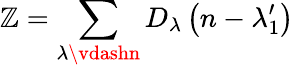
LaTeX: \mathbb{Z}=\sum_{\lambda\vdashn}D_{\lambda}\left(n-\lambda_{1}^{\prime}\right)